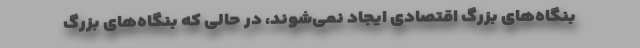
بنگاه‌های بزرگ اقتصادی ایجاد نمی‌شوند، در حالی که بنگاه‌های بزرگ